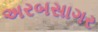
અરબસાગર